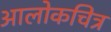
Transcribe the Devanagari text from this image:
आलोकचित्र